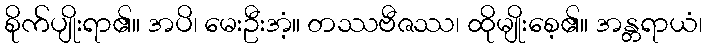
စိုက်ပျိုးရာ၏။ အပိ၊ မေးဦးအံ့။ တဿဗီဇဿ၊ ထိုမျိုးစေ့၏။ အန္တရာယံ၊